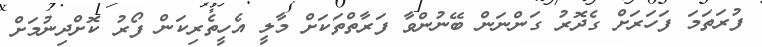
ފުރަތަމަ ފަހަރަށް ގެދޮރު ގަންނަން ބޭނުންވާ ފަރާތްތަކަށް މާލީ އެހީތެރިކަން ފޯރު ކޮށްދިނުމަށް